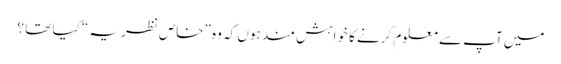
میں آپ سے معلوم کرنے کا خواہش مند ہوں کہ وہ ”خاص نظریہ “ کیا تھا ؟